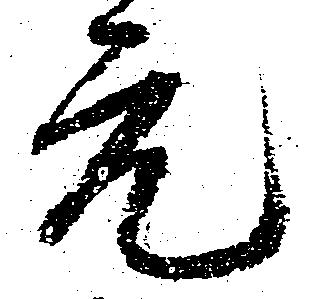
元